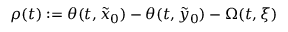
\rho ( t ) : = \theta ( t , \tilde { x } _ { 0 } ) - \theta ( t , \tilde { y } _ { 0 } ) - \Omega ( t , \xi )